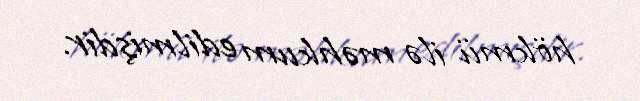
hökmü ilə məhkum edilmişdir.